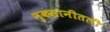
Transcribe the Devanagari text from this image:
नुकसानीतली